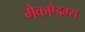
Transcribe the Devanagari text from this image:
मैकऐड्म्स